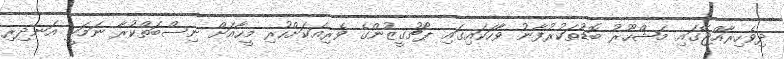
ދިވެހިރާއްޖޭގައި މަޝްހޫރު ބޮޑުތަކުރުފާނު ވާހަކައިގައި ޕޯޗުގީޒުންގެ ވެރިއަކަށްހުރި މީހާއަށް ނިސްބަތްކުރާ ނަމަކީ އަނދިރި